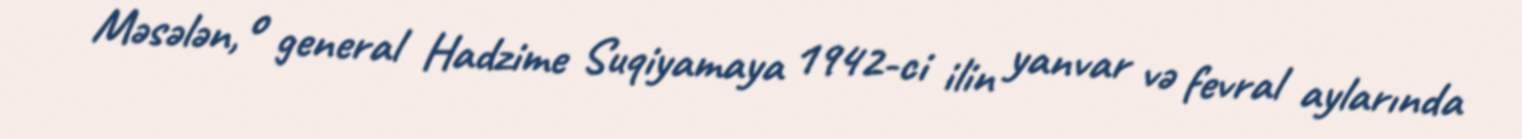
Məsələn, o general Hadzime Suqiyamaya 1942-ci ilin yanvar və fevral aylarında